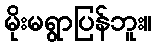
မိုးမရွာပြန်ဘူး။